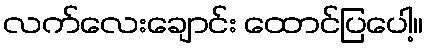
လက်လေးချောင်း ထောင်ပြပေါ့။